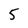
Character: 5